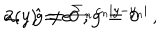
LaTeX: \mathbf { 2 . \, \, \, \, \hat { g } \neq 0 \, , g = 0 } \hspace { 3 . 5 c m } a ( y ) = e ^ { \sum _ { n } c _ { n } | y - y _ { n } | } \, , \hspace { 5 c m }